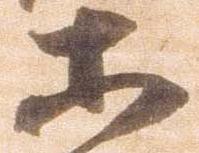
等